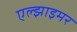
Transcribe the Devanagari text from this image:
एल्झाइमर